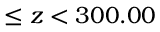
\leq z < 3 0 0 . 0 0